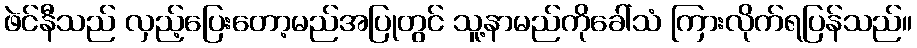
ဖဲင်နီသည် လှည့်ပြေးတော့မည်အပြုတွင် သူ့နာမည်ကိုခေါ်သံ ကြားလိုက်ရပြန်သည်။